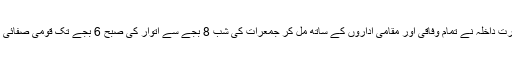
یو اے ای کی وزارت صحت اور وزارت داخلہ نے تمام وفاقی اور مقامی اداروں کے ساتھ مل کر جمعرات کی شب 8 بجے سے اتوار کی صبح 6 بجے تک قومی صفائی پروگرام کی مہم شروع کررکھی ہے۔